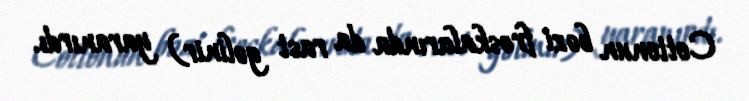
Cottonun bəzi freskalarında da rast gəlinir) yaranırdı.